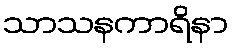
သာသနကာရိနာ